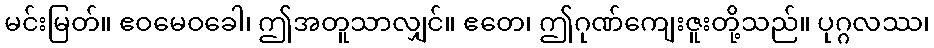
မင်းမြတ်။ ဧဝမေဝခေါ၊ ဤအတူသာလျှင်။ ဧတေ၊ ဤဂုဏ်ကျေးဇူးတို့သည်။ ပုဂ္ဂလဿ၊